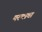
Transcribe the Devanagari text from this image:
मरणाचा